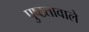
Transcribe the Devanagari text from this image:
पुष्टतावाले